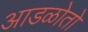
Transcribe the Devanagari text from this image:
आडळोतो